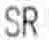
SR